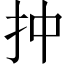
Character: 𢪠